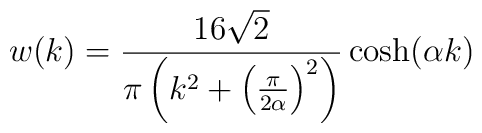
w(k)=\frac{16\sqrt{2}}{\pi \left( k^{2}+\left( \frac{\pi }{2\alpha }\right)^{2}\right) }\cosh (\alpha k)